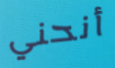
أنحني